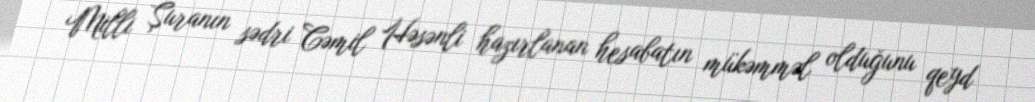
Milli Şuranın sədri Cəmil Həsənli hazırlanan hesabatın mükəmməl olduğunu qeyd